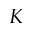
K